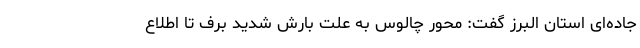
جاده‌ای استان البرز گفت: محور چالوس به علت بارش شدید برف تا اطلاع